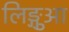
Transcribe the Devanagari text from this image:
लिङ्गुआ